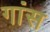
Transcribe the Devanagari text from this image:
गांस